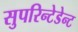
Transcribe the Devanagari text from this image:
सुपरिन्टेडेन्ट